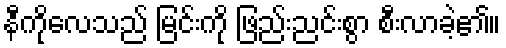
နီကိုလေသည် မြင်းကို ဖြည်းညင်းစွာ စီးလာခဲ့၏။